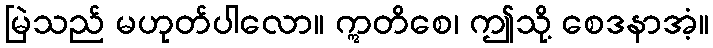
မြဲသည် မဟုတ်ပါလော။ ဣတိစေ၊ ဤသို့ စေဒနာအံ့။